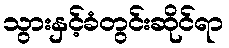
သွားနှင့်ခံတွင်းဆိုင်ရာ